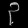
Digit: ၃